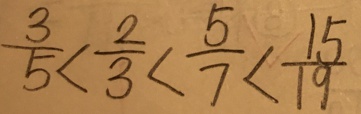
\frac { 3 } { 5 } < \frac { 2 } { 3 } < \frac { 5 } { 7 } < \frac { 1 5 } { 1 9 }